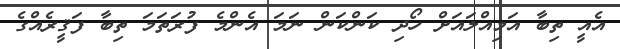
އެއީ ތިބާ އަމިއްލައަށް ހޯދި ކަންކަން ނަމަ އެންމެ ފުރަތަމަ ތިބާ ފަޤީރެއްގެ